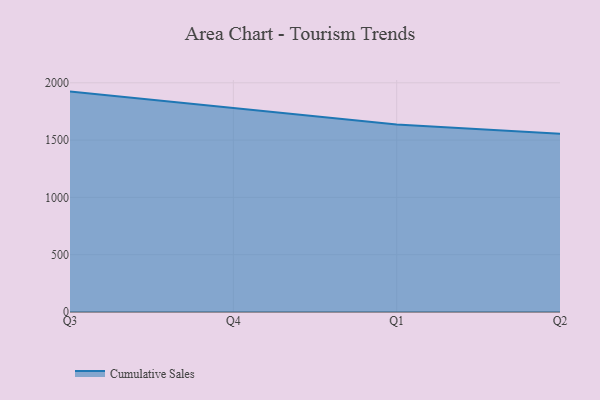
{"axis": {"x": "Quarter", "y": "Operating Costs (USD K)"}, "legend": ["Cumulative Sales"], "data": [{"x": "Q3", "y": 1923.1, "type": "Cumulative Sales"}, {"x": "Q4", "y": 1780.8, "type": "Cumulative Sales"}, {"x": "Q1", "y": 1635.1, "type": "Cumulative Sales"}, {"x": "Q2", "y": 1554.6, "type": "Cumulative Sales"}]}